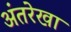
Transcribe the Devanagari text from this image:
अंतरेखा